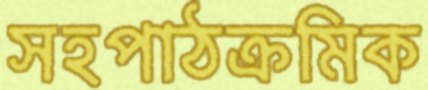
সহপাঠক্রমিক